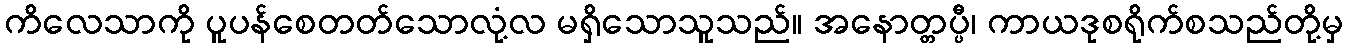
ကိလေသာကို ပူပန်စေတတ်သောလုံ့လ မရှိသောသူသည်။ အနောတ္တပ္ပီ၊ ကာယဒုစရိုက်စသည်တို့မှ